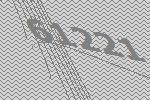
61221